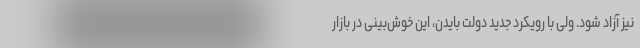
نیز آزاد شود. ولی با رویکرد جدید دولت بایدن، این خوش‌بینی در بازار